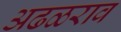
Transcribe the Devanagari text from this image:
अढळराव